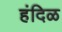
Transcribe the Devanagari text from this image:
हंदिळ